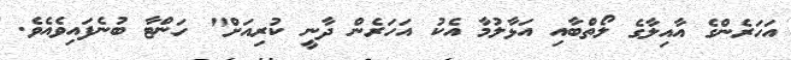
އަހަރެންގެ އާއިލާގެ ލޯތްބާއި އަޅާލުމާ އެކު އަހަރެން ދާނީ ކުރިއަށް" ހަންޓާ ބުނެފައިވެއެވެ.